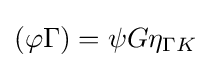
(\varphi \Gamma )=\psi G\eta _{\Gamma K}